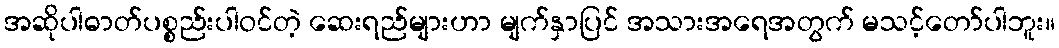
အဆိုပါဓာတ်ပစ္စည်းပါဝင်တဲ့ ဆေးရည်များဟာ မျက်နှာပြင် အသားအရေအတွက် မသင့်တော်ပါဘူး။